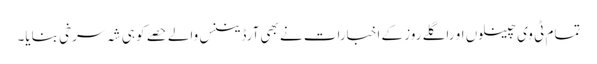
تمام ٹی وی چینلوں او راگلے روز کے اخبارات نے بھی آرڈیننس والے حصے کو ہی شہ سرخی بنایا۔